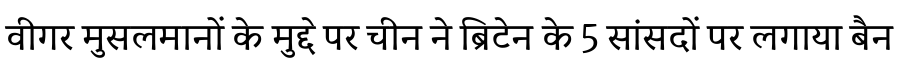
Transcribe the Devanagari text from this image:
वीगर मुसलमानों के मुद्दे पर चीन ने ब्रिटेन के 5 सांसदों पर लगाया बैन